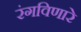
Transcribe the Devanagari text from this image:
रंगविणारे